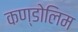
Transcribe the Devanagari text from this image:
कण्डोलिम